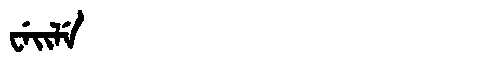
Manchu: ᠸᡝᡳᠯᡝ
Romanization: WEILE